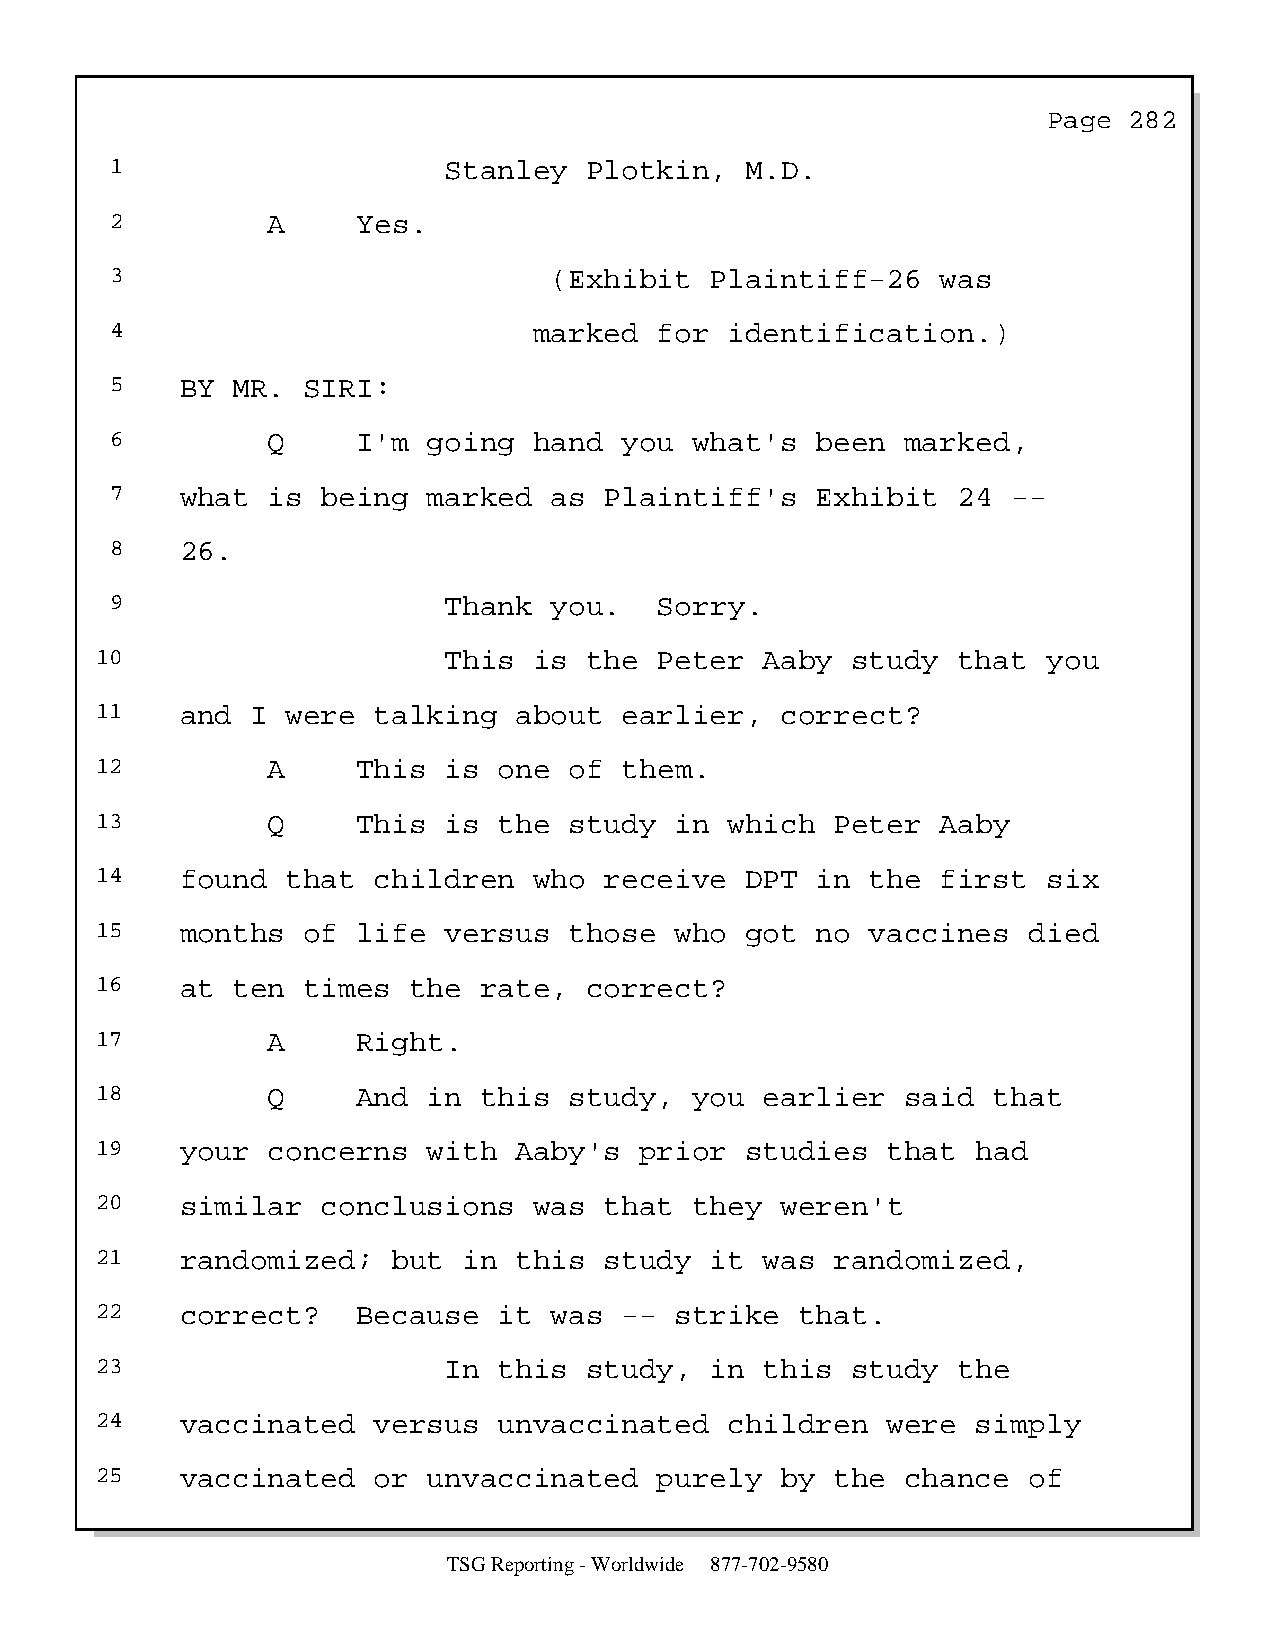
Page  282
 1                     Stanley   Plotkin,  M.D.
 2          A     Yes.
 3                            (Exhibit   Plaintiff-26   was
 4                           marked   for identification.)
 5    BY MR.  SIRI:
 6          Q     I'm going  hand  you  what's  been  marked,
 7    what  is being  marked  as  Plaintiff's   Exhibit  24  --
 8    26.
 9                     Thank  you.    Sorry.
 10                     This  is  the  Peter  Aaby study  that  you
 11    and  I were  talking  about  earlier,   correct?
 12          A     This is  one  of them.
 13          Q     This is  the  study  in which  Peter  Aaby
 14    found  that  children  who  receive  DPT  in  the first  six
 15    months  of  life versus   those  who got  no  vaccines  died
 16    at ten  times  the  rate,  correct?
 17          A     Right.
 18          Q     And in  this  study,  you  earlier  said  that
 19    your  concerns  with  Aaby's  prior  studies   that  had
 20    similar  conclusions   was  that  they  weren't
 21    randomized;   but  in this  study  it  was randomized,
 22    correct?    Because  it was  --  strike  that.
 23                     In  this  study,  in  this study  the
 24    vaccinated   versus  unvaccinated   children   were  simply
 25    vaccinated   or unvaccinated    purely  by the  chance  of
 TSG Reporting - Worldwide 877-702-9580